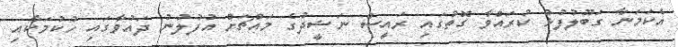
އެކަމަނާ ގަބޫލުފުޅު ކުރައްވާ ގޮތުގައި ރައީސް ނަޝީދުގެ މައްޗަށް އުފުލުނު ދައުވާގައި ހުކުމަކާއި